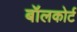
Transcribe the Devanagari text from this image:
बॉलकोर्ट